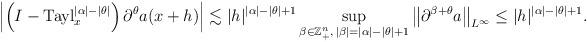
LaTeX: \begin{align*}\left|\left(I-\operatorname{Tayl}_x^{|\alpha|-|\theta|}\right)\partial^{\theta}a(x+h)\right|\lesssim|h|^{|\alpha|-|\theta|+1}\sup_{\beta\in\mathbb{Z}_+^n,\,|\beta|=|\alpha|-|\theta|+1}\left\|\partial^{\beta+\theta}a\right\|_{L^\infty}\leq|h|^{|\alpha|-|\theta|+1}.\end{align*}